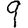
Digit: 9